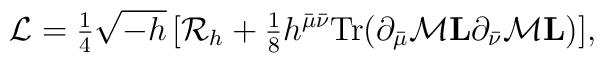
{\cal L} = {\textstyle {1\over 4}}\sqrt{-h}\,[{\cal R}_h +{\textstyle {1\over 8}}h^{\bar{\mu}\bar{\nu}}{\rm Tr}(\partial_{\bar{\mu}}{\cal M}{\bf L}\partial_{\bar{\nu}}{\cal M}{\bf L})],